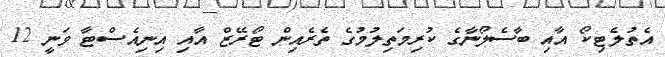
އެތުލެޓިކޯ އާއި ބާސެލޯނާގެ ކުރިމަތިލުމުގެ ތެރެއިން ޓޯރޭޒް އާއި އިނިއެސްޓާ ވަނީ 12